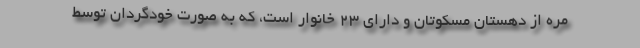
مره از دهستان مسکوتان و دارای ۲۳ خانوار است، که به صورت خودگردان توسط